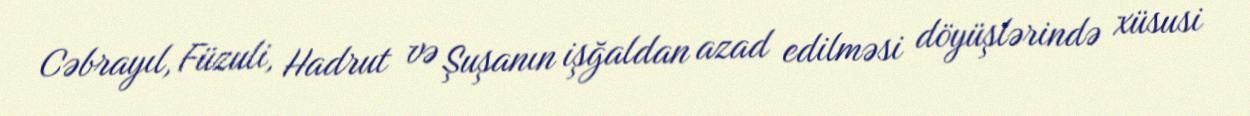
Cəbrayıl, Füzuli, Hadrut və Şuşanın işğaldan azad edilməsi döyüşlərində xüsusi